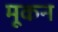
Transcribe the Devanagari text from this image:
मूकन